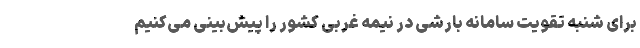
برای شنبه تقویت سامانه بارشی در نیمه غربی کشور را پیش‌بینی می‌کنیم